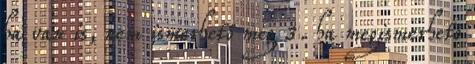
ha van is, nem ismerhető meg 3. ha megismerhető